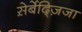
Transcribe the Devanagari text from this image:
स़ेर्बेद्ज़िजा